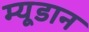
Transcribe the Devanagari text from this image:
म्यूडान